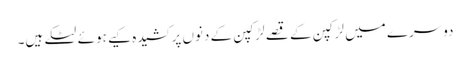
دوسرے میں لڑکپن کے قصے لڑکپن کے دنوں پر کشیدہ کیے ہوئے لٹکے ہیں۔